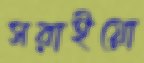
সরাইয়ো